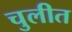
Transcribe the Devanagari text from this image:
चुलीत